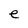
Character: e